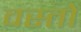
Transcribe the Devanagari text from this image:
वस्तो